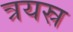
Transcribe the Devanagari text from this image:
त्रयस्र